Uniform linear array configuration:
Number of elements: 8
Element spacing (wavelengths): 0.25
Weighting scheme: blackman
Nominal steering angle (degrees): -15
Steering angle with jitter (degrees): -14.551
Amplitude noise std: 0.05
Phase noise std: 0.05

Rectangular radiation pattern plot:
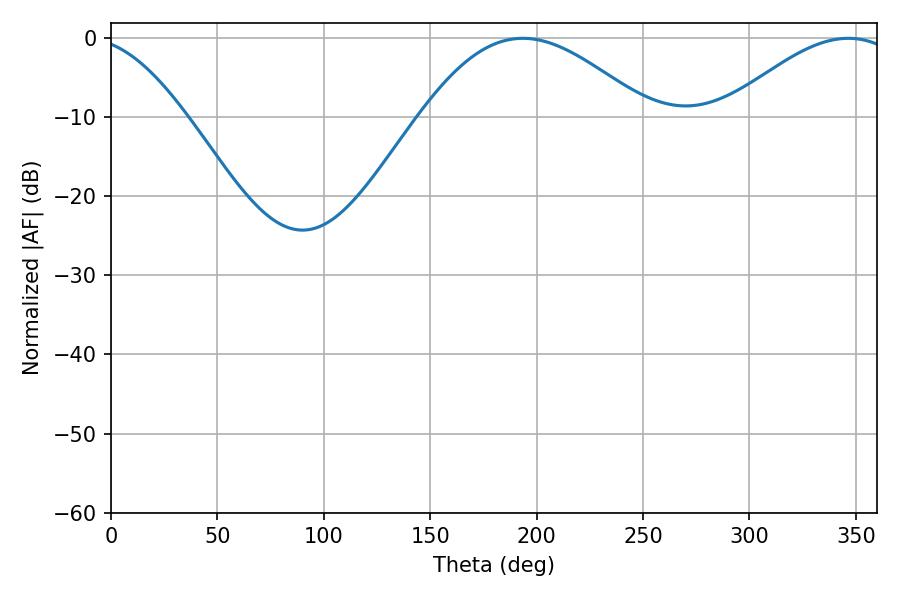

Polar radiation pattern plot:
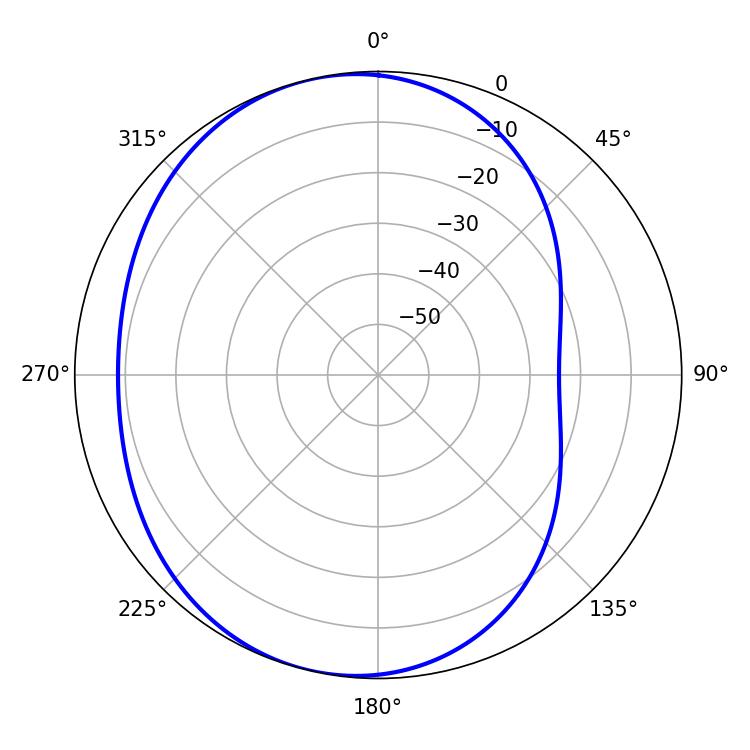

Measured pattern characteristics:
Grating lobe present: FALSE
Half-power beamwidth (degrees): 57.6
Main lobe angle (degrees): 193.5